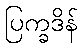
ပြက္ခဒိန်